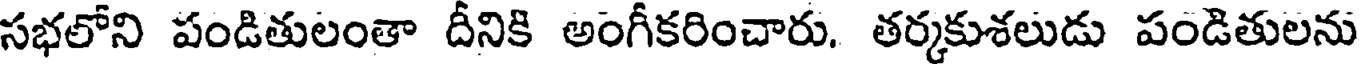
సభలోని పండితులంతా దీనికి అంగీకరించారు. తర్కకుశలుడు పండితులను